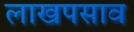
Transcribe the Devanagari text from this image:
लाखपसाव